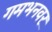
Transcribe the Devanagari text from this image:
गमभनवर